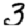
Digit: 3